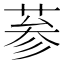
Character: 𦲞